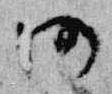
仍